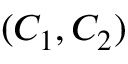
( C _ { 1 } , C _ { 2 } )